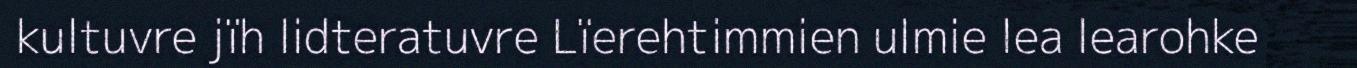
kultuvre jïh lidteratuvre Lïerehtimmien ulmie lea learohke